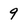
Character: 9